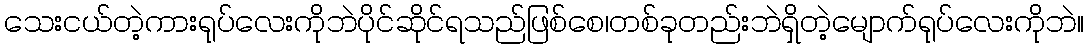
သေးငယ်တဲ့ကားရုပ်လေးကိုဘဲပိုင်ဆိုင်ရသည်ဖြစ်စေ၊တစ်ခုတည်းဘဲရှိတဲ့မျောက်ရုပ်လေးကိုဘဲ။